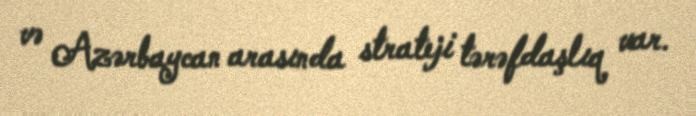
və Azərbaycan arasında strateji tərəfdaşlıq var.